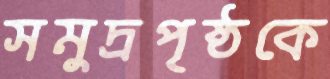
সমুদ্রপৃষ্ঠকে